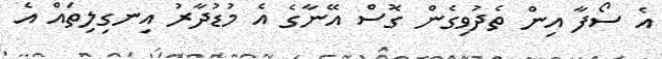
އެ ސޯފާ އިން ތެދުވިގެން ގޮސް އޭނާގެ އެ މުޑުދާރު އިނގިލިތައް އެ